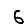
Digit: 6